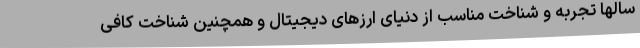
سالها تجربه و شناخت مناسب از دنیای ارزهای دیجیتال و همچنین شناخت کافی